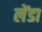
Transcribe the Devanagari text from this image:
लेंडा